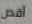
أقص